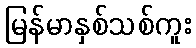
မြန်မာနှစ်သစ်ကူး